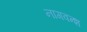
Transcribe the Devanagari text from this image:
नागवन्श